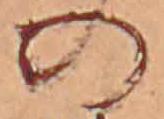
の